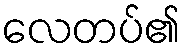
လေတပ်၏